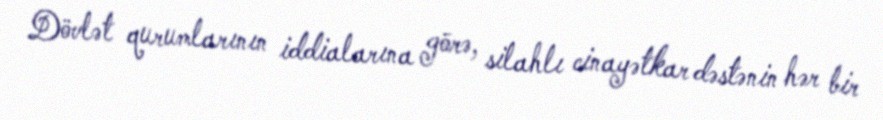
Dövlət qurumlarının iddialarına görə, silahlı cinayətkar dəstənin hər bir